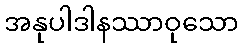
အနုပါဒါနဿာဝုသော